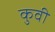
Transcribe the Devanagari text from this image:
कुवी